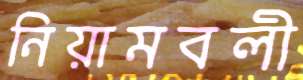
নিয়ামবলী